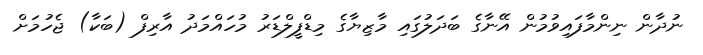
ނުދާން ނިންމާފައިވުމުން އޭނާގެ ބަދަލުގައި މާޒިޔާގެ މިޑްފީލްޑަރު މުހައްމަދު އާރިފް (ބަކާ) ޖެހުމަށް